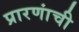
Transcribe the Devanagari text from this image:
प्रारणांची